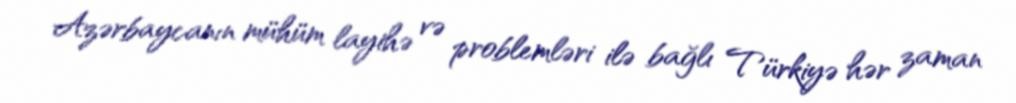
Azərbaycanın mühüm layihə və problemləri ilə bağlı Türkiyə hər zaman